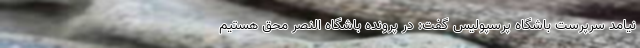
نیامد سرپرست باشگاه پرسپولیس گفت: در پرونده باشگاه النصر محق هستیم